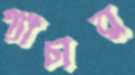
প্যাঁচার